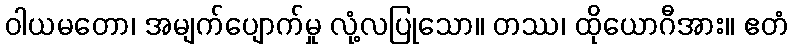
ဝါယမတော၊ အမျက်ပျောက်မှု လုံ့လပြုသော။ တဿ၊ ထိုယောဂီအား။ ဧတံ